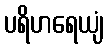
ပရိဟရေယျံ